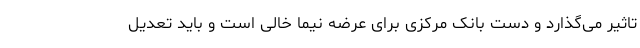
تاثیر ‌می‌گذارد و دست بانک مرکزی برای عرضه نیما خالی است و باید تعدیل